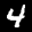
Label: 4